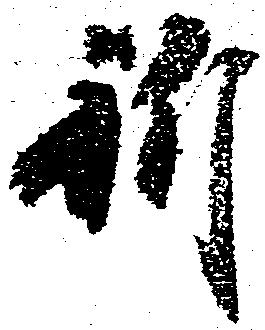
祈